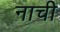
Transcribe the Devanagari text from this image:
नाची